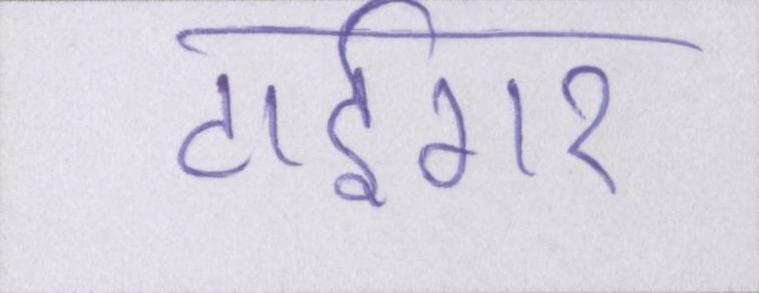
टाईगर